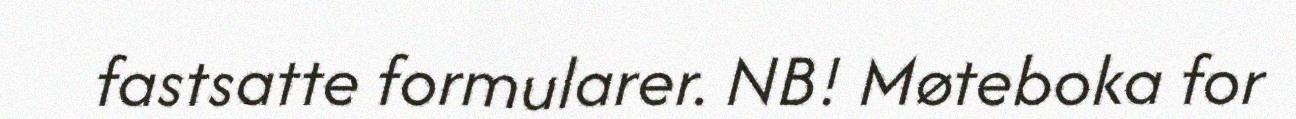
fastsatte formularer. NB! Møteboka for